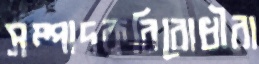
সম্পাদকবিরোধীরা